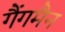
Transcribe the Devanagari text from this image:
गैंगमैन